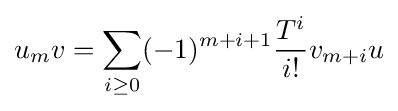
u_{m}v=\sum _{i\geq 0}(-1)^{m+i+1}{\frac {T^{i}}{i!}}v_{m+i}u